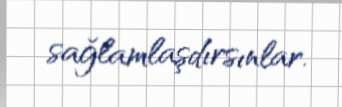
sağlamlaşdırsınlar.